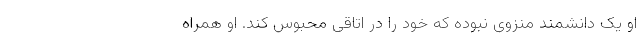
او یک دانشمند منزوی نبوده که خود را در اتاقی محبوس کند. او همراه